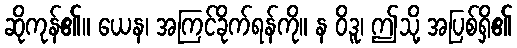
ဆိုကုန်၏။ ယေန၊ အကြင်ခိုက်ရန်ကို။ န ဝိဒူ၊ ဤသို့ အပြစ်ရှိ၏